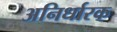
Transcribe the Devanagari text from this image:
अनिर्धारक